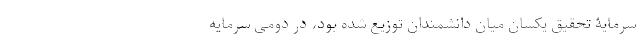
سرمایۀ‌ تحقیق یکسان میان دانشمندان توزیع شده بود، در دومی سرمایه